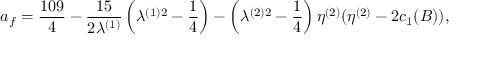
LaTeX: a _ { f } = \frac { 1 0 9 } { 4 } - \frac { 1 5 } { 2 \lambda ^ { ( 1 ) } } \left( \lambda ^ { ( 1 ) 2 } - \frac { 1 } { 4 } \right) - \left( \lambda ^ { ( 2 ) 2 } - \frac { 1 } { 4 } \right) \eta ^ { ( 2 ) } ( \eta ^ { ( 2 ) } - 2 c _ { 1 } ( B ) ) ,